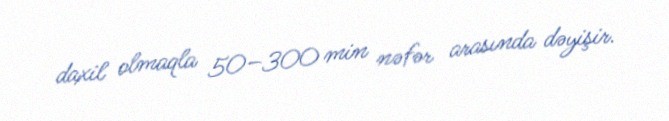
daxil olmaqla 50–300 min nəfər arasında dəyişir.